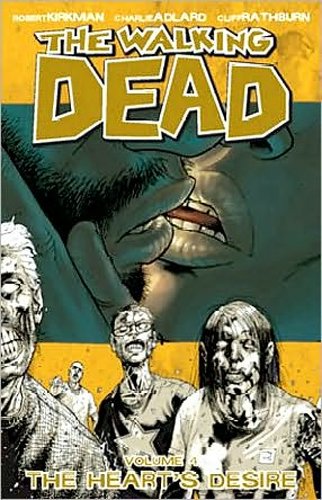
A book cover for The Walking Dead, Vol. 4: The Heart's Desire; Robert Kirkman; Comics & Graphic Novels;